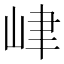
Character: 峍